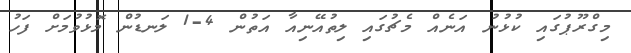
މިގްރޫޕުގައި ކުޅުނު އަނެއް މެޗުގައި ލިތުއޭނިއާ އަތުން 4-1 ލަނޑުން މޮޅުވުމަށް ފަހު